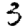
Digit: 3